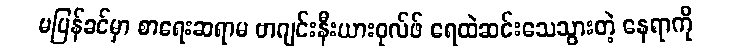
မပြန်ခင်မှာ စာရေးဆရာမ ဗာဂျင်းနီးယားဝုလ်ဖ် ရေထဲဆင်းသေသွားတဲ့ နေရာကို